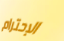
الإحترام